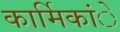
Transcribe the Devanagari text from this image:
कार्मिकांे